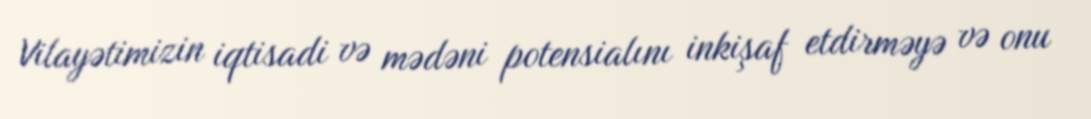
Vilayətimizin iqtisadi və mədəni potensialını inkişaf etdirməyə və onu